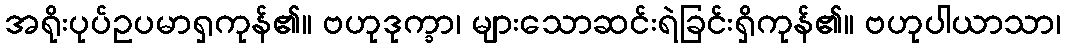
အရိုးပုပ်ဥပမာရှကုန်၏။ ဗဟုဒုက္ခာ၊ များသောဆင်းရဲခြင်းရှိကုန်၏။ ဗဟုပါယာသာ၊